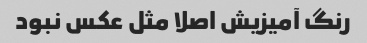
رنگ آمیزیش اصلا مثل عکس نبود